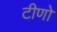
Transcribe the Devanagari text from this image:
टीणो